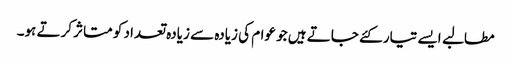
مطالبے ایسے تیار کئے جاتے ہیں جو عوام کی زیادہ سے زیادہ تعداد کو متاثر کرتے ہو۔